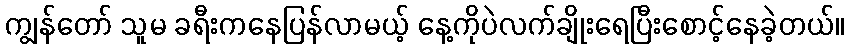
ကျွန်တော် သူမ ခရီးကနေပြန်လာမယ့် နေ့ကိုပဲလက်ချိုးရေပြီးစောင့်နေခဲ့တယ်။